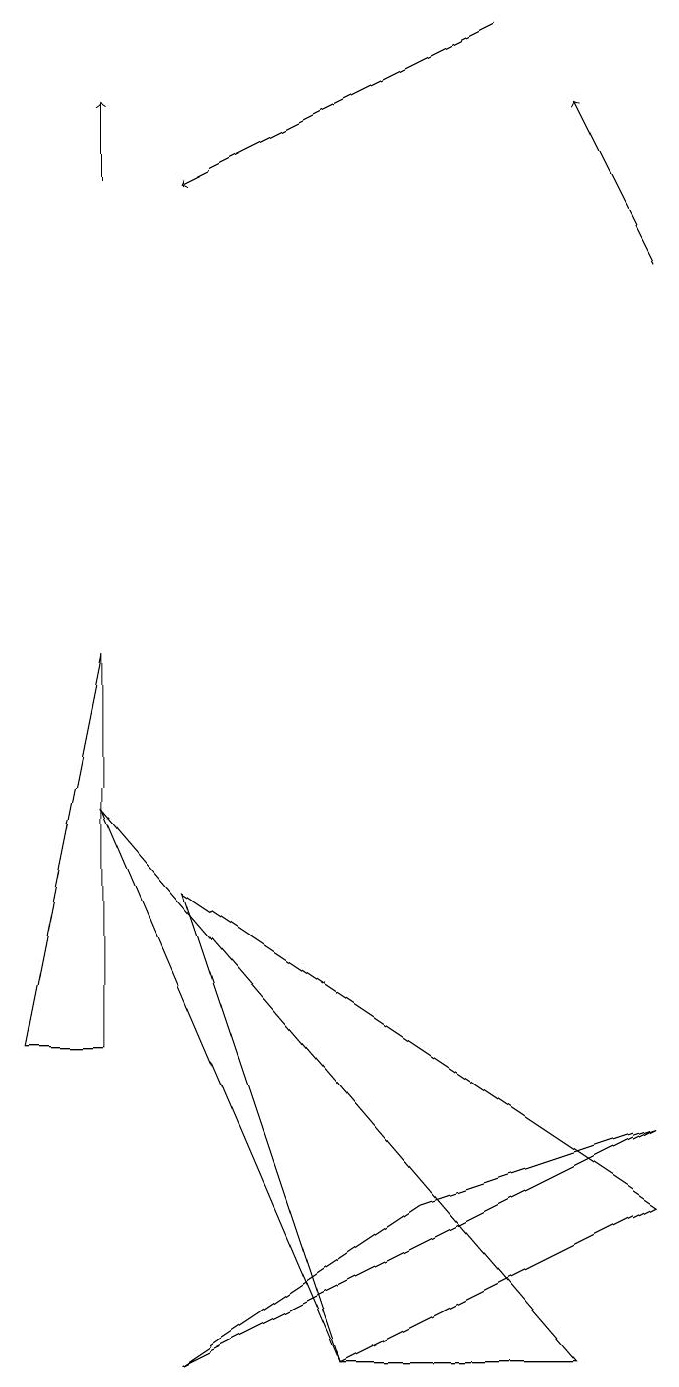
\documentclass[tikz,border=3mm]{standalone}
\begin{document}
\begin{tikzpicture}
\draw[->] (7,17) -- (3,15);
\draw (2,9) -- (1,4) -- (2,4) -- cycle;
\draw (3,0) -- (6,2) -- (9,3) -- cycle;
\draw[->] (2,15) -- (2,16);
\draw[->] (9,14) -- (8,16);
\draw (9,2) -- (5,0) -- (3,6) -- cycle;
\draw (5,0) -- (2,7) -- (8,0) -- cycle;
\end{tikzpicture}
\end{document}